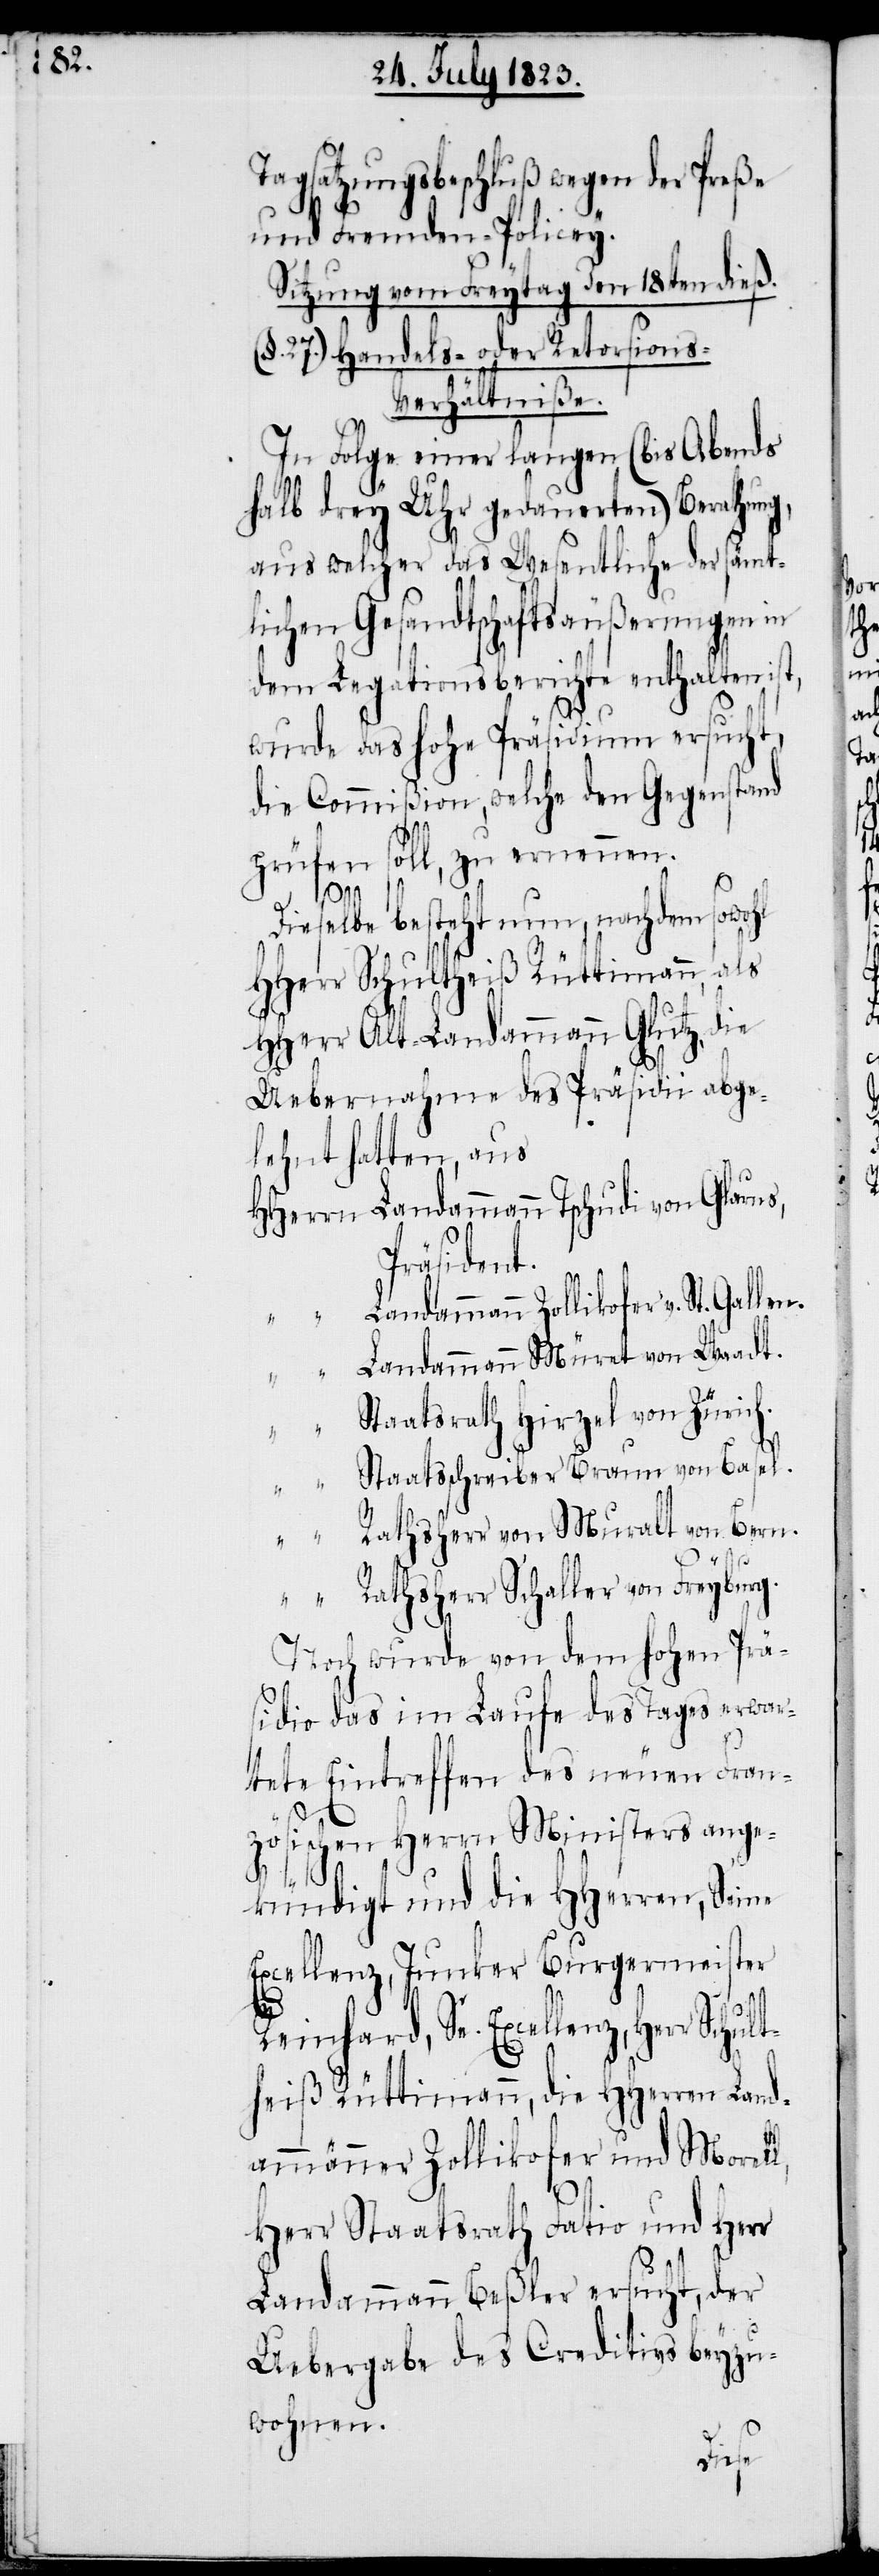
Tagsatzungsbeschluß wegen der Preße
und Fremden-Policey.
Sitzung vom Freytag den 18ten dieß.
(§. 27.) Handels- oder Retorsions-V¬
erhältniße.
In Folge einer langen (bis Abends
halb drey Uhr gedauerten) Berathung,
aus welcher das Wesentliche der sämt¬
lichen Gesandtschaftsäußerungen in
dem Legationsberichte enthalten ist,
wurde das hohe Präsidium ersucht,
die Commißion, welche den Gegenstand
prüfen soll, zu ernennen.
Dieselbe besteht nun, nachdem sowohl
HHerr Schultheiß Rüttimann, als
HHerr Alt-Landammann Glutz, die
Uebernahme des Präsidii abge¬
lehnt hatten, aus
HHerrn Landammann Tschudi von Glarus,
r Schult¬
„ Landammann Zollikofer v. St. Gallen.
„ Landammann Müret von Waadt.
Staatsrath Hirzel von Zürich.
„ Staatsschreiber Braun von Basel.
Rathsherr von Muralt von Bern.
„ Rathsherr Schaller von Freyburg.
Noch wurde von dem hohen Prä¬
sidio das im Laufe des Tages erwar¬
tete Eintreffen des neuen Fran¬
zösischen Herrn Ministers ange¬
kündigt und die HHerren, Seine
Excellenz, Junker Burgermeister
Reinhard, Se. Excellenz, Her¬
heiß Rüttimann, die HHerren Land¬
ammänner Zollikofer und Morell,
Herr Staatsrath Fatio und Herr
Landammann Beßler ersucht, der
Uebergabe des Creditivs beyzu¬
wohnen.